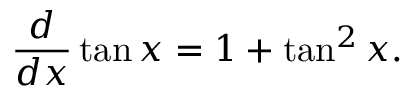
{ \frac { d } { d x } } \tan x = 1 + \tan ^ { 2 } x .